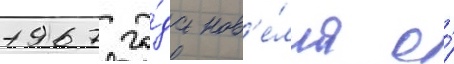
1967 го́да нов'е́лла о́